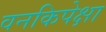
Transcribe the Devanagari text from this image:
वनकिपेक्षा